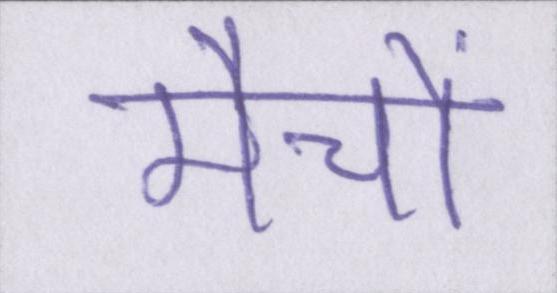
मैचों